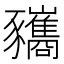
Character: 𧲚